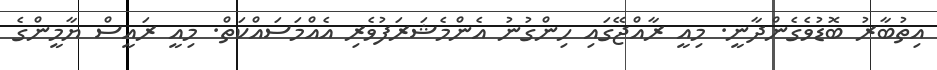
އިތުބާރު ބޮޑުވެގެންދާނީ. މިއީ ރާއްޖޭގައި ހިންގުނު އެންމެޝަރަފުވެރި އެއްމަސައްކަތް. މިއީ ރައީސް ޔާމީންގެ